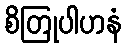
စိတြုပါဟနံ